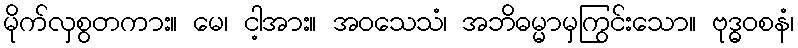
မိုက်လှစွတကား။ မေ၊ ငါ့အား။ အဝသေသံ၊ အဘိဓမ္မာမှကြွင်းသော။ ဗုဒ္ဓဝစနံ၊